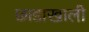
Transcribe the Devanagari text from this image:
छाडाखाली